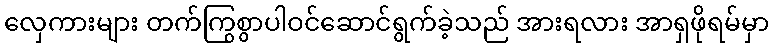
လှေကားများ တက်ကြွစွာပါဝင်ဆောင်ရွက်ခဲ့သည် အားရလား အာရှဖိုရမ်မှာ